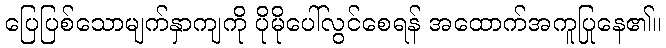
ပြေပြစ်သောမျက်နှာကျကို ပိုမိုပေါ်လွင်စေရန် အထောက်အကူပြုနေ၏။